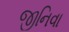
જીનિવા